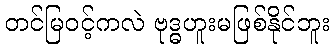
တင်မြဝင့်ကလဲ ဗုဒ္ဓဟူးမဖြစ်နိုင်ဘူး